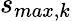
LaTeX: s_{max,k}